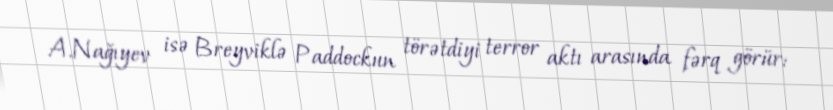
A.Nağıyev isə Breyviklə Paddockun törətdiyi terror aktı arasında fərq görür: